Scientific memoirs by medical officers of the Army of India - Part X,
Year: 1897
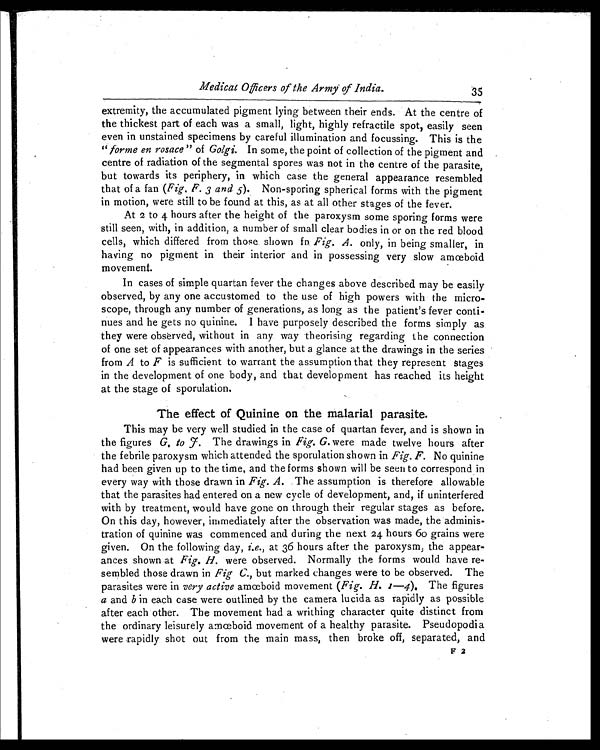
Medical Officers of the Army of India.
35
extremity, the accumulated pigment lying between their ends. At the centre of
the thickest part of each was a small, light, highly refractile spot, easily seen
even in unstained specimens by careful illumination and focussing. This is the
" forme en rosace " of Golgi . In some, the point of collection of the pigment and
centre of radiation of the segmental spores was not in the centre of the parasite,
but towards its periphery, in which case the general appearance resembled
that of a fan ( Fig. F. 3 and 5 ). Non-sporing spherical forms with the pigment
in motion, were still to be found at this, as at all other stages of the fever.
At 2 to 4 hours after the height of the paroxysm some sporing forms were
still seen, with, in addition, a number of small clear bodies in or on the red blood
cells, which differed from those shown fn. Fig. A. only, in being smaller, in
having no pigment in their interior and in possessing very slow amœboid
movement.
In cases of simple quartan fever the changes above described may be easily
observed, by any one accustomed to the use of high powers with the micro-
scope, through any number of generations, as long as the patient's fever conti-
nues and he gets no quinine. I have purposely described the forms simply as
they were observed, without in any way theorising regarding the connection
of one set of appearances with another, but a glance at the drawings in the series
from A to F is sufficient to warrant the assumption that they represent stages
in the development of one body, and that development has reached its height
at the stage of sporulation.
The effect of Quinine on the malarial parasite.
This may be very well studied in the case of quartan fever, and is shown in
the figures G, to F. The drawings in Fig. G. were made twelve hours after
the febrile paroxysm which attended the sporulation shown in Fig. F. No quinine
had been given up to the time, and the forms shown will be seen to correspond in
every way with those drawn in Fig. A.
The assumption is therefore allowable
that the parasites had entered on a new cycle of development, and, if uninterfered
with by treatment, would have gone on through their regular stages as before.
On this day, however, immediately after the observation was made, the adminis-
tration of quinine was commenced and during the next 24 hours 6o grains were
given. On the following day, i.e., at 36 hours after the paroxysm, the appear-
ances shown at Fig. H. were observed. Normally the forms would have re-
sembled those drawn in Fig. C. , but marked changes were to be observed. The
parasites were in very active amœboid movement ( Fig. H. 1—4 ), The figures
a and b in each case were outlined by the camera lucida as rapidly as possible
after each other. The movement had a writhing character quite distinct from
the ordinary leisurely amœboid movement of a healthy parasite. Pseudopodia
were rapidly shot out from the main mass, then broke off, separated, and
F 2